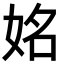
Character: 姳